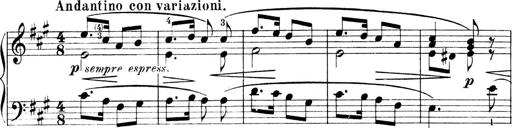
Title: 4 Sonatines
Composer: Max Reger